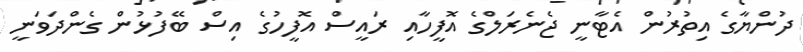
ދުންޔާގެ އިތުރުން އެޓާނީ ޖެނެރަލްގެ އޮފީހާއި ރައީސް އޮފީހުގެ އިސް ބޭފުޅުން ގެންދަވަނީ